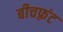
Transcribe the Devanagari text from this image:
बीचफ़्रंट